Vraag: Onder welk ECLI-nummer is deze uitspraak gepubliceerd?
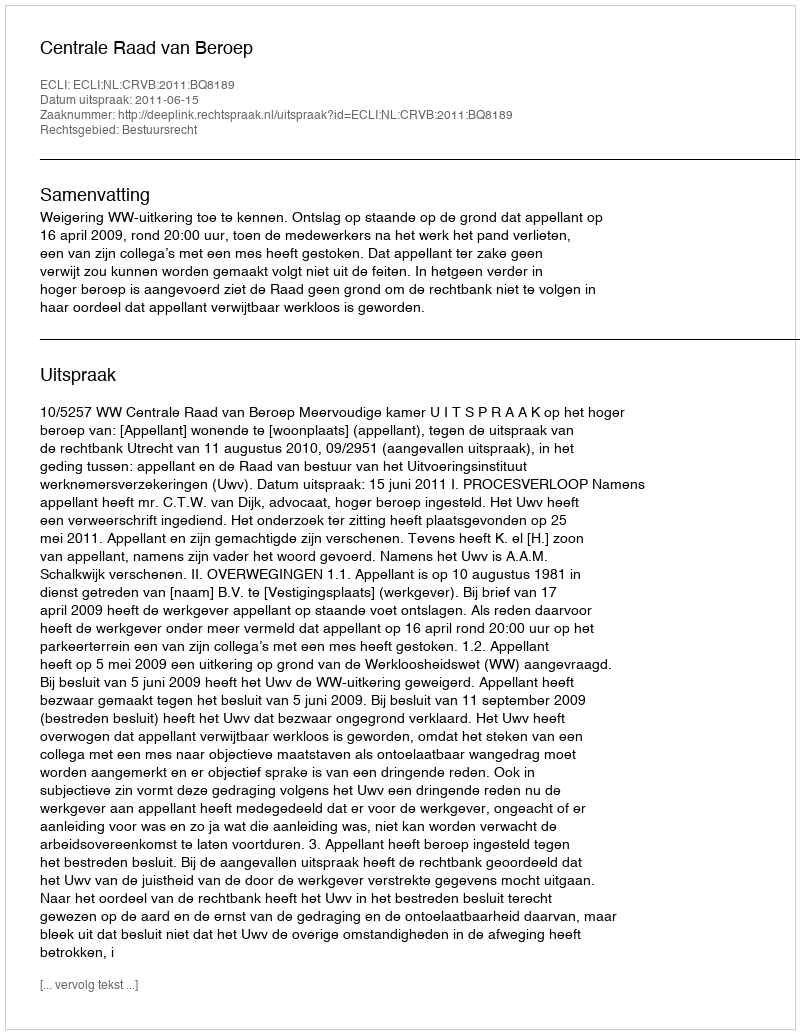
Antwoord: ECLI:NL:CRVB:2011:BQ8189